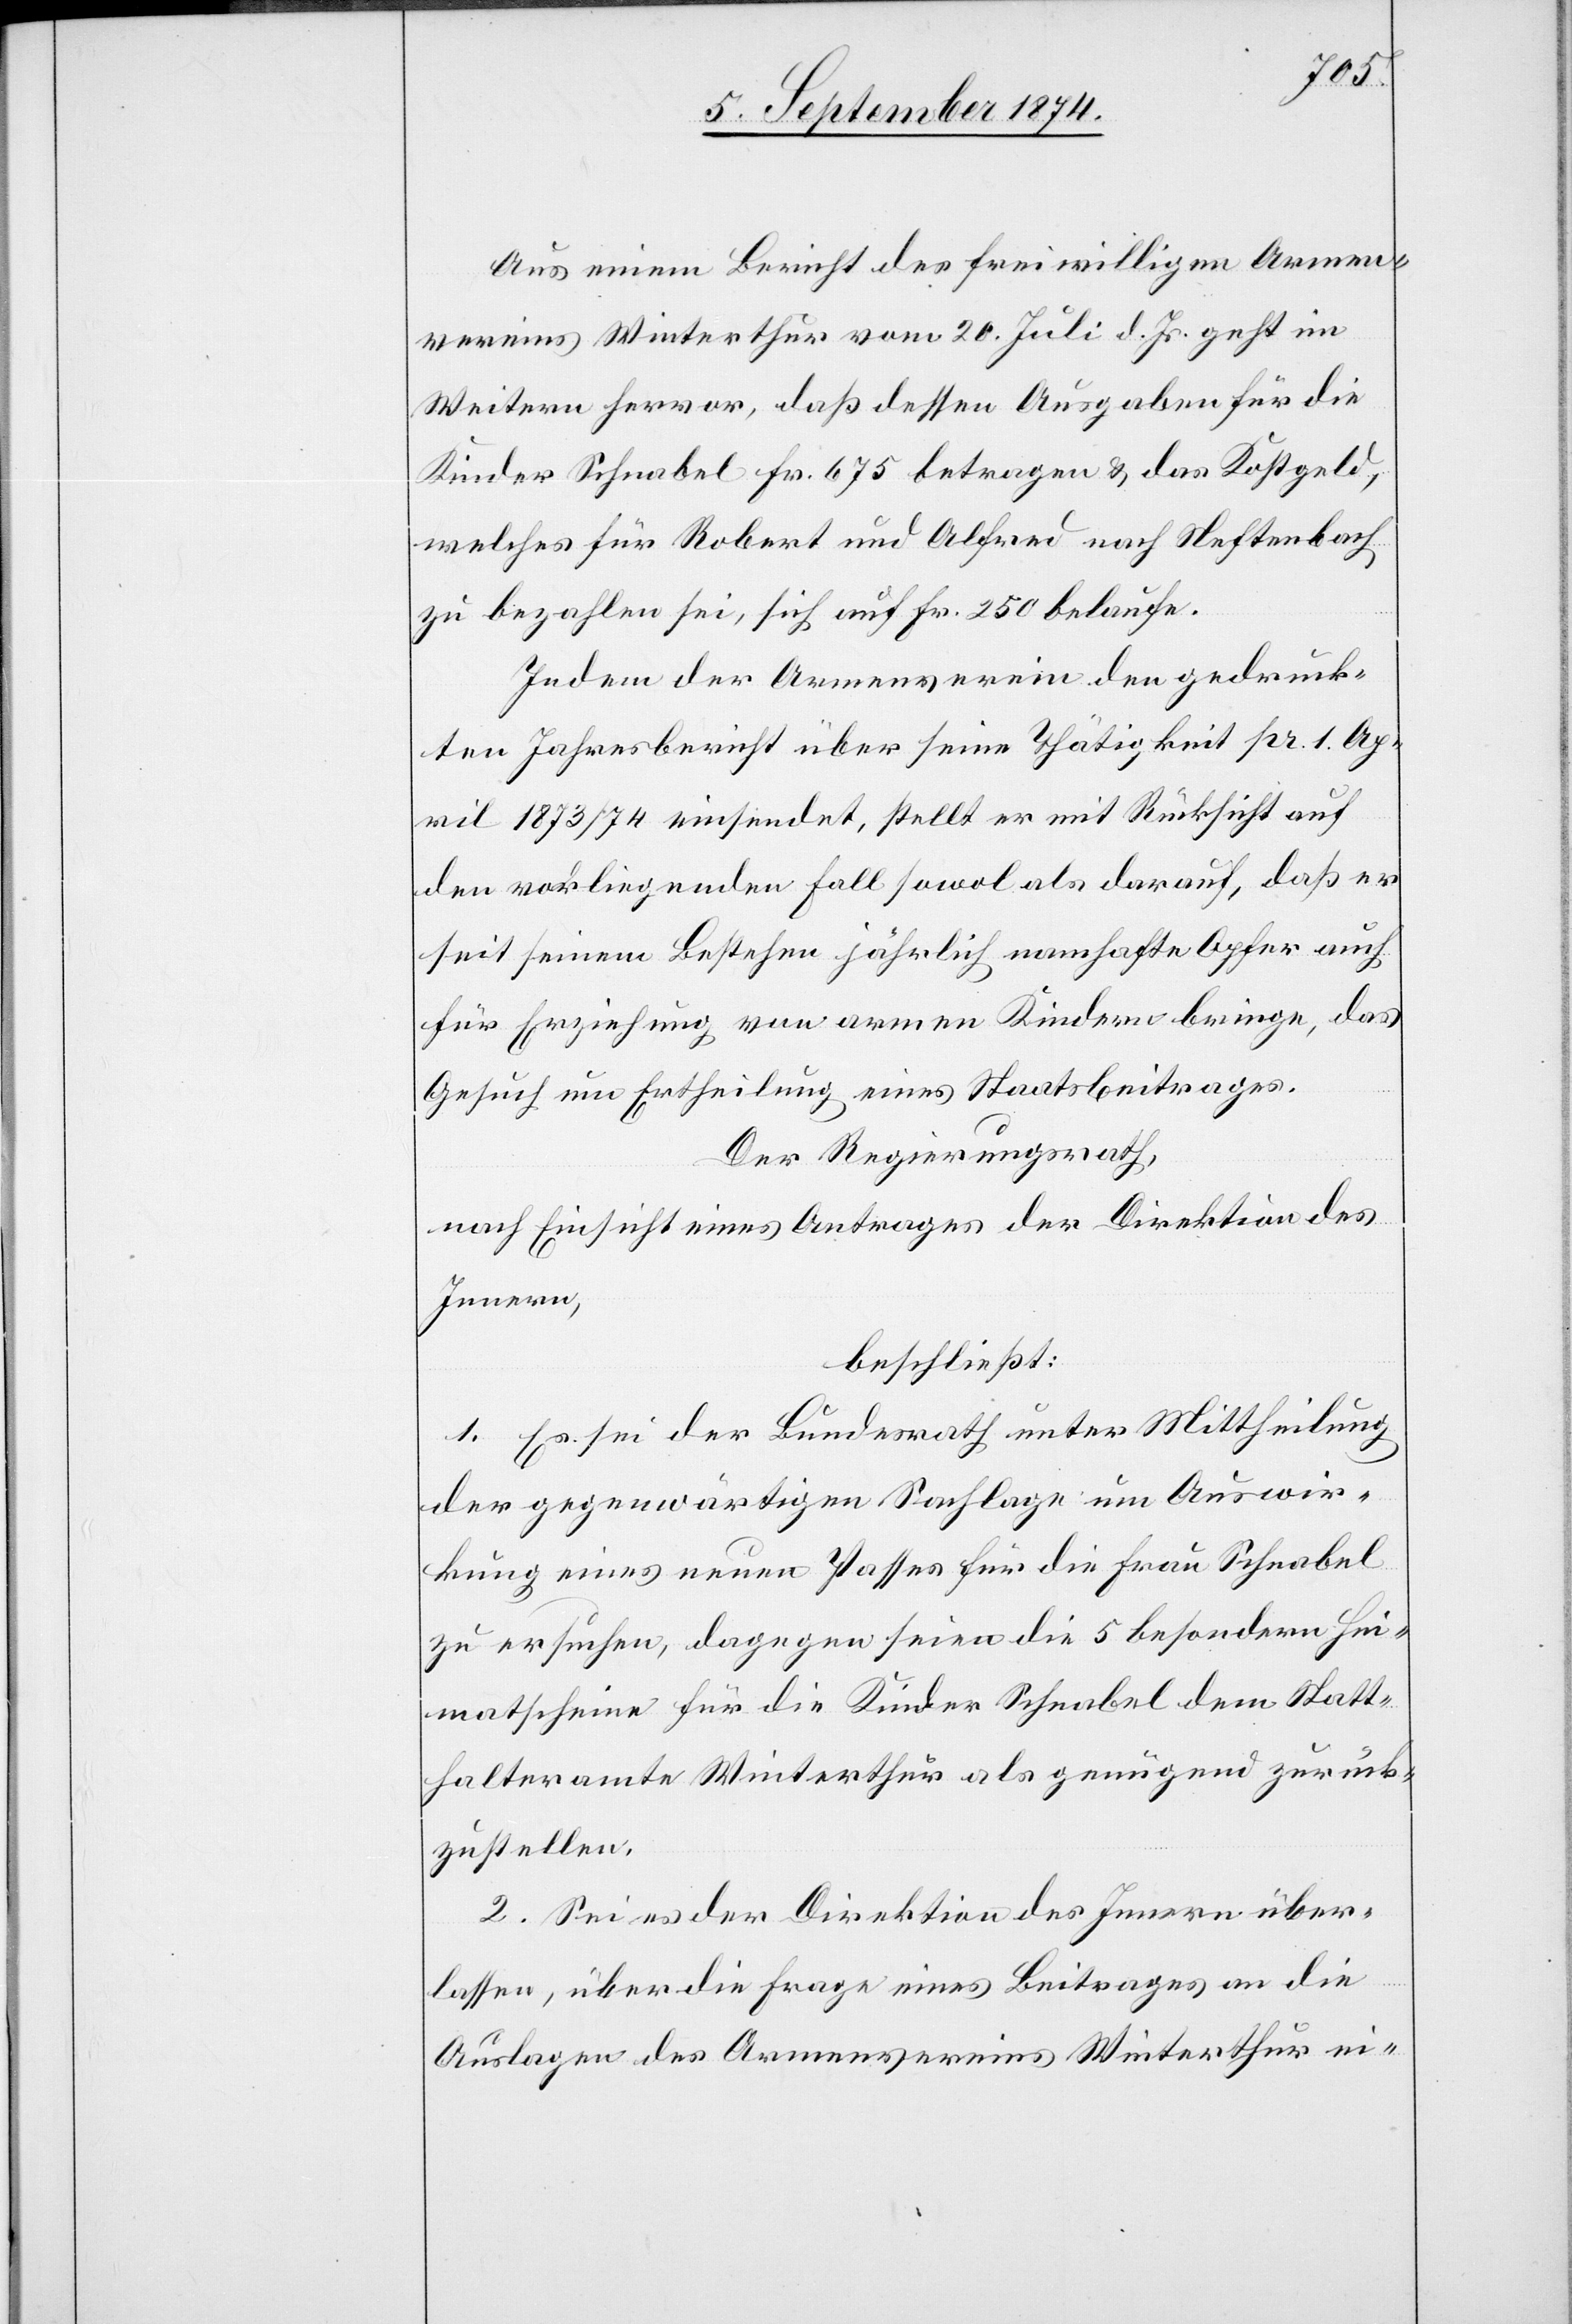
Aus einem Bericht des freiwilligen Armen¬
vereins Winterthur vom 20. Juli d. Js. geht im
Weitern hervor, daß dessen Ausgaben für die
Kinder Schnabel Fr. 675 betragen u. das Kostgeld,
welches für Robert und Alfred nach Neftenbach
zu bezahlen sei, sich auf Fr. 250 belaufe.
Indem der Armenverein den gedruck¬
ten Jahresbericht über seine Thätigkeit pr. 1. Ap¬
ril 1873/74 einsendet, stellt er mit Rücksicht auf
den vorliegenden Fall sowol als darauf, daß er
seit seinem Bestehen jährlich namhafte Opfer auch
für Erziehung von armen Kindern bringe, das
Gesuch um Ertheilung eines Staatsbeitrages.
Der Regierungsrath,
nach Einsicht eines Antrages der Direktion des
Innern,
beschließt:
1. Es sei der Bundesrath unter Mittheilung
der gegenwärtigen Sachlage um Auswir¬
kung eines neuen Passes für die Frau Schnabel
zu ersuchen, dagegen seien die 5 besondern Hei¬
matscheine für die Kinder Schnabel dem Statt¬
halteramte Winterthur als genügend zurück¬
zustellen.
2. Sei es der Direktion des Innern über¬
lassen, über die Frage eines Beitrages an die
Auslagen des Armenvereins Winterthur ei-